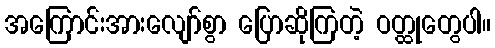
အကြောင်းအားလျော်စွာ ပြောဆိုကြတဲ့ ဝတ္ထုတွေပါ။